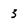
Character: 3